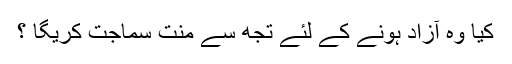
کیا وہ آزاد ہونے کے لئے تجھ سے منت سماجت کریگا ؟